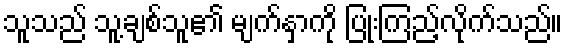
သူသည် သူ့ချစ်သူ၏ မျက်နှာကို ပြုံးကြည့်လိုက်သည်။